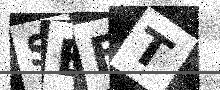
Text: SEFT